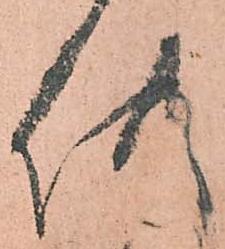
供